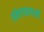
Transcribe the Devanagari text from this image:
संकेताप्रणाली